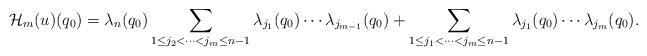
LaTeX: \begin{align*} \mathcal{H}_m(u)(q_0) = \lambda_{n}(q_0) \sum\limits_{1\leq j_2<\dots<j_m\leq n-1}\lambda_{j_1}(q_0) \cdots\lambda_{j_{m-1}}(q_0)+ \sum\limits_{1\leq j_1<\dots<j_m\leq n-1}\lambda_{j_1}(q_0)\cdots\lambda_{j_m}(q_0). \end{align*}